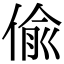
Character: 偷